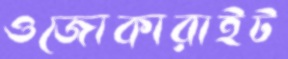
ওজোকারাইট